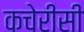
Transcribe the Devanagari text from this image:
कचेरीसी